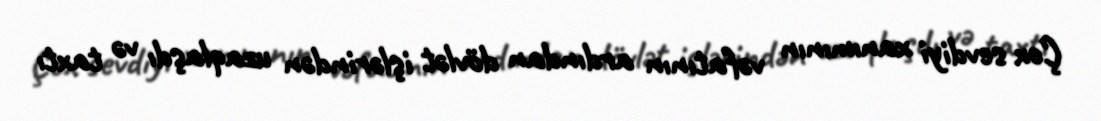
Çox sevdiyi xanımının vəfatının ardından dövlət işlərindən uzaqlaşdı və taxtı